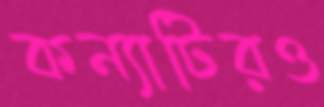
কন্যাটিরও